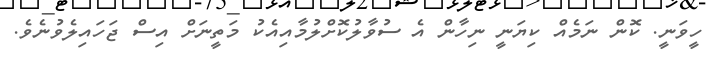
ހީވަނީ. ކޮން ނަމެއް ކިޔަނީ ނިހާން އެ ސުވާލުކޮށްލުމާއިއެކު މަތީނަށް އިސް ޖަހައިލެވުނެވެ.